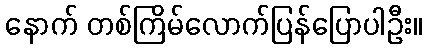
နောက် တစ်ကြိမ်လောက်ပြန်ပြောပါဦး။